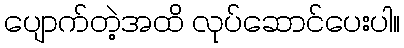
ပျောက်တဲ့အထိ လုပ်ဆောင်ပေးပါ။